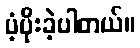
ပံ့ပိုးခဲ့ပါတယ်။